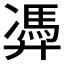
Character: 𱝕